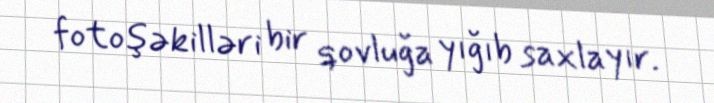
fotoşəkilləri bir qovluğa yığıb saxlayır.